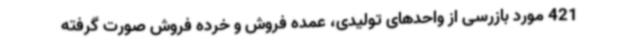
421 مورد بازرسی از واحدهای تولیدی، عمده فروش و خرده فروش صورت گرفته